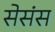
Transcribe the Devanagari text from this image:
सेसंस